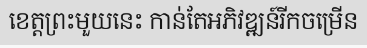
ខេត្តព្រះមួយនេះ កាន់តែអភិវឌ្ឍន៍រីកចម្រើន